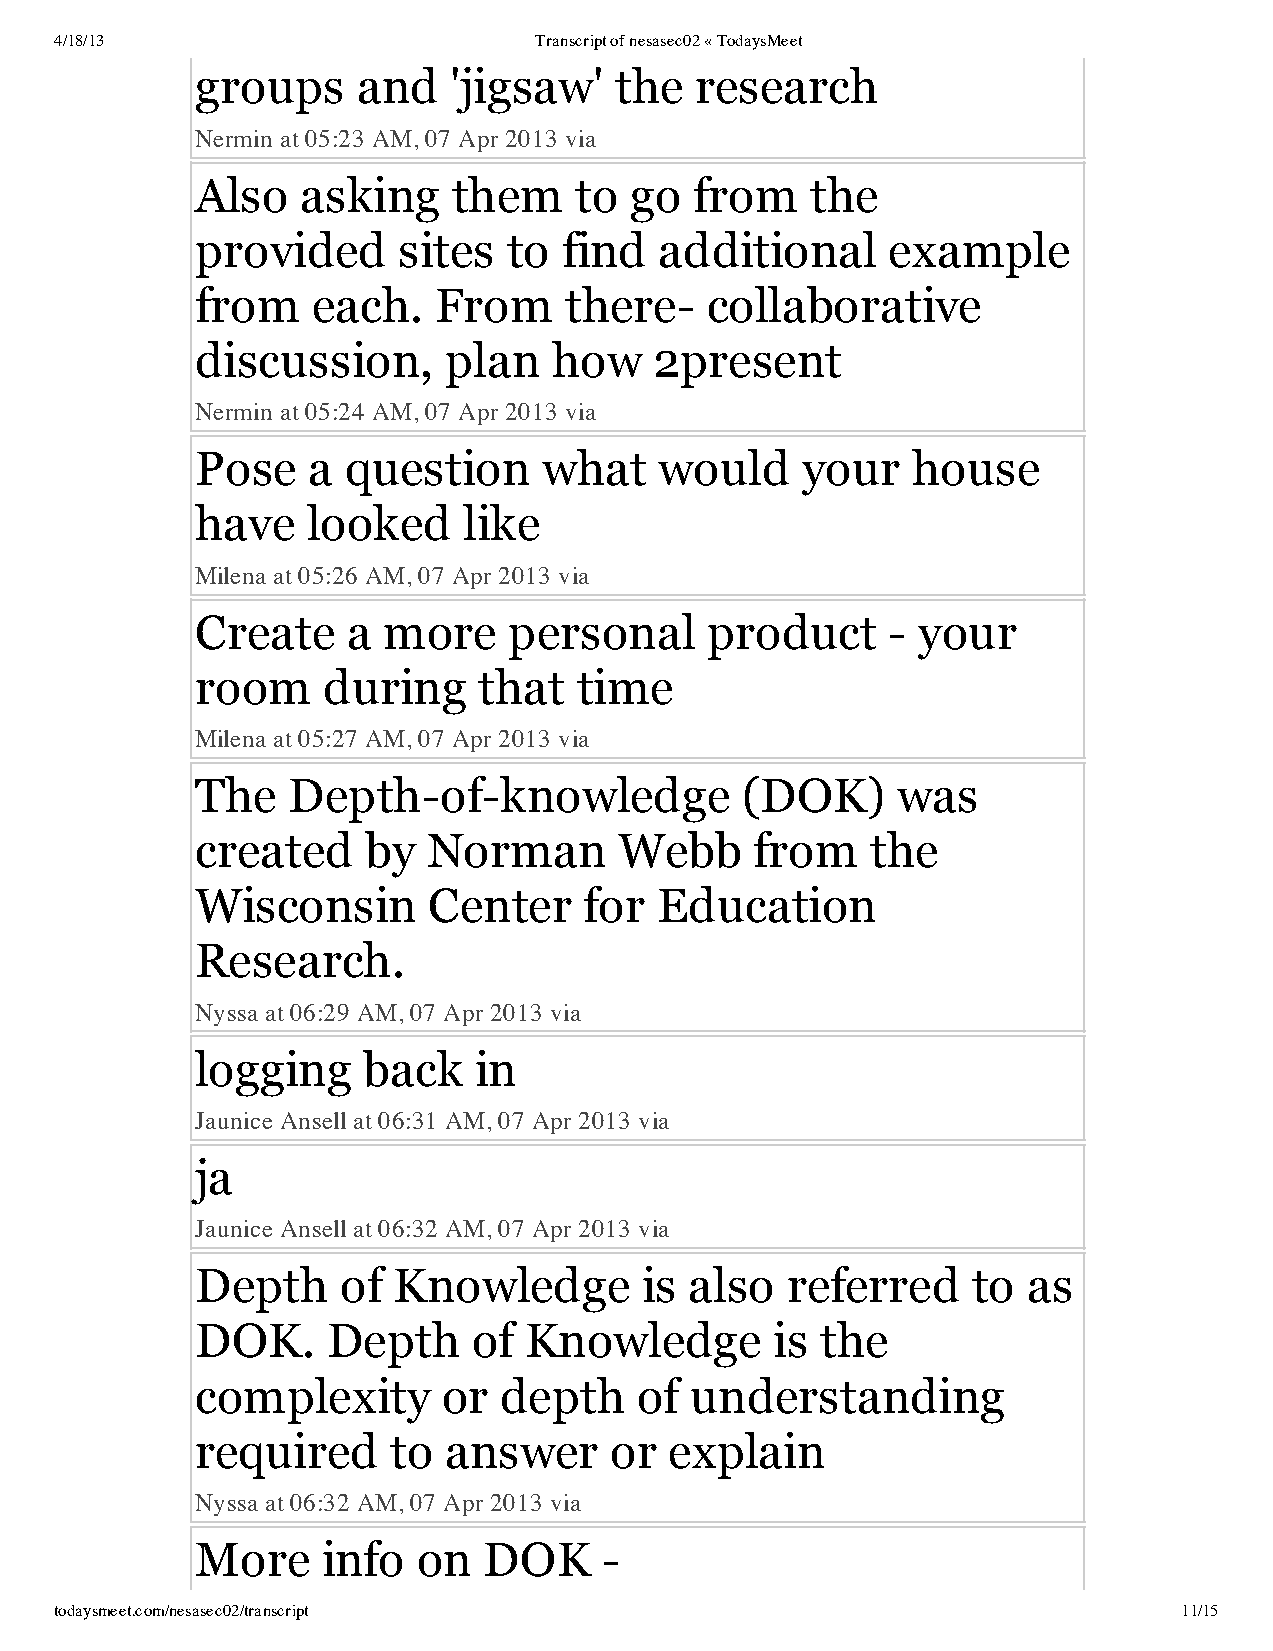
4/18/13                        Transcript of nesasec02 « TodaysMeet
 groups     and   'jigsaw'   the  research
 Nermin at 05:23 AM, 07 Apr 2013 via
 Also   asking    them    to  go  from    the
 provided     sites   to find   additional     example
 from    each.   From    there-    collaborative
 discussion,     plan    how   2present
 Nermin at 05:24 AM, 07 Apr 2013 via
 Pose   a  question     what    would    your   house
 have   looked     like
 Milena at 05:26 AM, 07 Apr 2013 via
 Create    a more     personal     product     - your
 room    during     that  time
 Milena at 05:27 AM, 07 Apr 2013 via
 The   Depth-of-knowledge            (DOK)     was
 created    by  Norman       Webb     from    the
 Wisconsin      Center     for Education
 Research.
 Nyssa at 06:29 AM, 07 Apr 2013 via
 logging    back   in
 Jaunice Ansell at 06:31 AM, 07 Apr 2013 via
 ja
 Jaunice Ansell at 06:32 AM, 07 Apr 2013 via
 Depth     of Knowledge       is  also  referred    to  as
 DOK.     Depth    of  Knowledge       is the
 complexity      or  depth    of  understanding
 required     to answer     or  explain
 Nyssa at 06:32 AM, 07 Apr 2013 via
 More    info   on  DOK     -
 todaysmeet.com/nesasec02/transcript                                       11/15